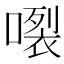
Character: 𱔗